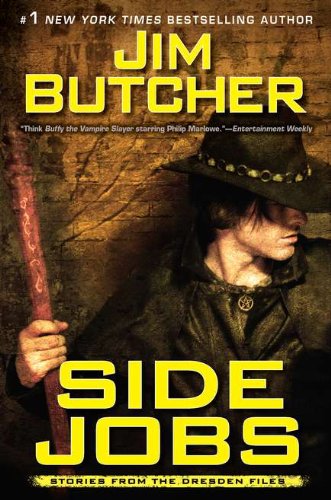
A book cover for Side Jobs: Stories from the Dresden Files; Jim Butcher; Science Fiction & Fantasy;